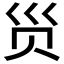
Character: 𲂺